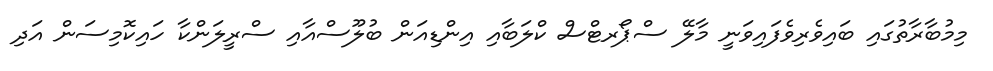
މިމުބާރާތުގައި ބައިވެރިވެފައިވަނީ މާލޭ ސްޕޯރޓްސް ކްލަބާއި އިންޑިއަން ބުލޫސްއާއި ސްރީލަންކާ ހައިކޮމިސަން އަދި